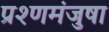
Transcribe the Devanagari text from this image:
प्रश्णमंजुषा